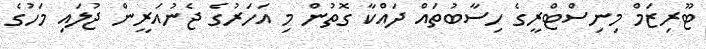
ޓޫރިޒަމް މިނިސްޓްރީގެ ހިސާބުތައް ދައްކާ ގޮތުން މި އަހަރުގެ ޖެނުއަރީން ޖުލައި މަހުގެ